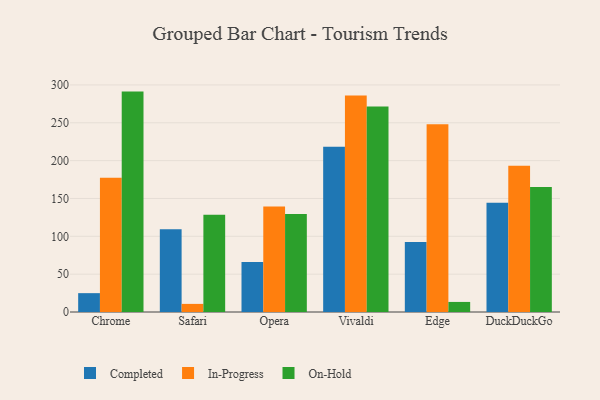
{"axis": {"x": "Browser", "y": "Satisfaction Score"}, "legend": ["Completed", "In-Progress", "On-Hold"], "data": [{"x": "Chrome", "y": 24.9, "type": "Completed"}, {"x": "Chrome", "y": 177.4, "type": "In-Progress"}, {"x": "Chrome", "y": 291.2, "type": "On-Hold"}, {"x": "Safari", "y": 109.3, "type": "Completed"}, {"x": "Safari", "y": 10.7, "type": "In-Progress"}, {"x": "Safari", "y": 128.5, "type": "On-Hold"}, {"x": "Opera", "y": 65.9, "type": "Completed"}, {"x": "Opera", "y": 139.5, "type": "In-Progress"}, {"x": "Opera", "y": 129.6, "type": "On-Hold"}, {"x": "Vivaldi", "y": 218.4, "type": "Completed"}, {"x": "Vivaldi", "y": 286.1, "type": "In-Progress"}, {"x": "Vivaldi", "y": 271.5, "type": "On-Hold"}, {"x": "Edge", "y": 92.5, "type": "Completed"}, {"x": "Edge", "y": 247.9, "type": "In-Progress"}, {"x": "Edge", "y": 13.3, "type": "On-Hold"}, {"x": "DuckDuckGo", "y": 144.2, "type": "Completed"}, {"x": "DuckDuckGo", "y": 193.1, "type": "In-Progress"}, {"x": "DuckDuckGo", "y": 165.2, "type": "On-Hold"}]}